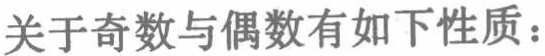
关于奇数与偶数有如下性质：